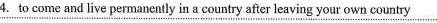
4.to come and live permanently in a country after leaving your own country